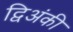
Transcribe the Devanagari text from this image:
द्विअंकी